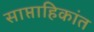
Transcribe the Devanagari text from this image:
साप्ताहिकांत